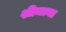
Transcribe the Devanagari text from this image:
श्रीमत्या